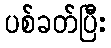
ပစ်ခတ်ပြီး